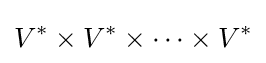
V^{*}\times V^{*}\times \dots \times V^{*}